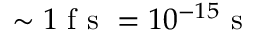
\sim 1 \textrm { f s } = 1 0 ^ { - 1 5 } \textrm { s }